Annual report of the Central Committee of the Association together with the report of the directors of the Pasteur Institute at Kasauli
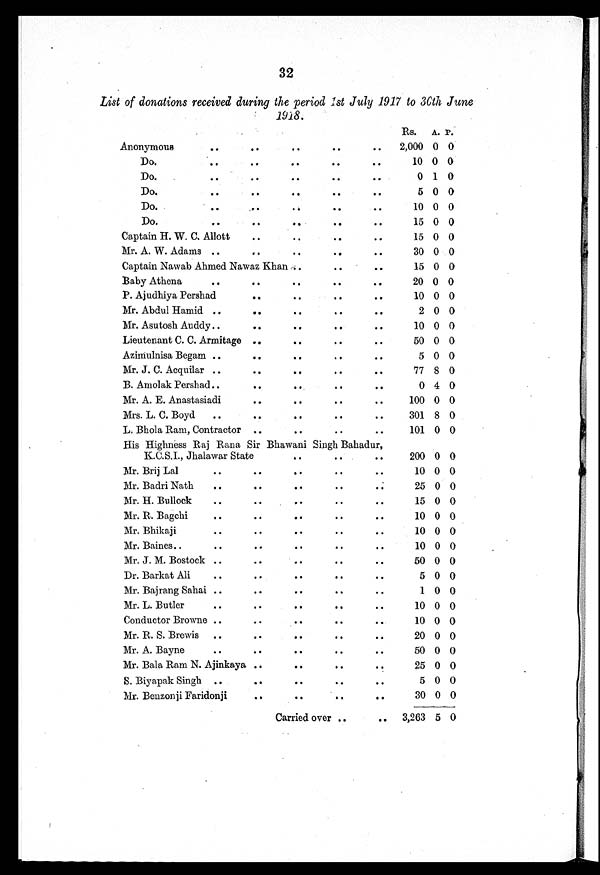
32
List of donations received during the period 1st July 1917 to 30th June
1918.
Rs.
A. P.
Anonymous
. .
.
.
.
.
. .
.
.
2,000 0 0
Do.
.
.
.
.
. . . .
.
.
10 0 0
Do.
.
.
.
.
. . . .
.
.
0 1 0
Do.
. .
.
.
.
.
. .
.
.
5 0 0
Do.
. .
.
.
.
.
. .
.
.
10 0 0
Do.
. .
.
.
.
.
. .
.
.
15 0 0
Captain H. W. C. Allott
.
.
.
.
. .
.
.
15 0 0
Mr. A. W. Adams
. .
.
.
.
.
. .
.
.
30 0 0
Captain Nawab Ahmed Nawaz Khan
.
.
. .
.
.
15 0 0
Baby Athena
. .
.
.
.
.
. .
.
.
20 0 0
P. Ajudhiya Pershad
.
.
.
.
. .
.
.
10 0 0
Mr. Abdul Hamid
. .
.
.
.
.
. .
.
.
2 0 0
Mr. Asutosh Auddy ..
.
.
.
.
. .
.
.
10 0 0
Lieutenant C. C. Armitage
.
.
.
.
. .
.
.
50 0 0
Aziniulnisa Begam ..
.
.
.
.
. .
.
.
5 0 0
Mr. J. C. Acquilar
. .
.
.
.
.
. .
.
.
77 8 0
B. Amolak Pershad.
.
.
.
.
.
. .
.
.
0 4 0
Mr. A. E. Anastasiadi
.
.
.
.
. .
.
.
100 0 0
Mrs. L. C. Boyd
. .
.
.
.
.
..
.
.
301 8 0
L. Bhola Ram, Contractor
.
.
.
.
. .
.
.
101 0 0
His Highness Raj Rana Sir Bhawani Singh Bahadur,
K.C.S.I., Jhalawar State
.
.
. .
.
.
200 0 0
Mr. Brij Lal
..
.
.
.
.
. .
.
.
10 0 0
Mr. Badri Nath
. .
.
.
.
.
. .
.
.
25 0 0
Mr. H. Bullock
. .
.
.
.
.
. .
.
.
15 0 0
Mr. R. Bagchi
. .
.
.
.
.
..
.
.
10
0 0
Mr. Bhikaji
. .
.
.
.
.
. .
.
.
10 0 0
Mr. Baines.
.
.
.
.
.
.
.
. .
.
.
10 0 0
Mr. J. M. Bostock
. .
.
.
.
.
. .
.
.
50 0 0
Dr. Barkat Ali
. .
.
.
.
.
. .
.
.
5 0 0
Mr. Bajrang Sahai .
.
.
.
.
.
..
.
.
1
0 0
Mr. L. Butler
. .
.
.
.
.
. .
.
.
10
0 0
Conductor Browne ..
.
.
.
.
. .
.
.
10
0 0
Mr. R. S. Brewis
. .
.
.
.
.
. .
.
.
20
0 0
Mr. A. Bayne
. .
.
.
.
.
. .
.
.
50
0 0
Mr. Bala Ram N. Ajinkaya
.
.
.
.
. .
.
.
25
0 0
S. Biyapak Singh
. .
.
.
.
.
. .
.
.
5
0 0
Mr. Benzonji Faridonji
.
.
.
.
. .
.
.
30
0 0
Carried over
. .
. .
3
, 26
3
5
0